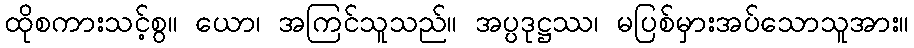
ထိုစကားသင့်စွ။ ယော၊ အကြင်သူသည်။ အပ္ပဒုဋ္ဌဿ၊ မပြစ်မှားအပ်သောသူအား။